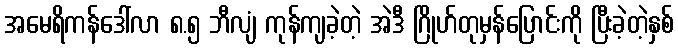
အမေရိကန်ဒေါ်လာ ၈.၅ ဘီလျံ ကုန်ကျခဲ့တဲ့ အဲဒီ ဂြိုဟ်တုမှန်ပြောင်းကို ပြီးခဲ့တဲ့နှစ်